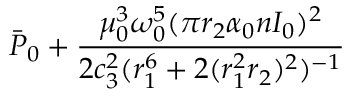
\bar { P } _ { 0 } + \frac { \mu _ { 0 } ^ { 3 } \omega _ { 0 } ^ { 5 } ( \pi r _ { 2 } \alpha _ { 0 } n I _ { 0 } ) ^ { 2 } } { 2 c _ { 3 } ^ { 2 } ( r _ { 1 } ^ { 6 } + 2 ( r _ { 1 } ^ { 2 } r _ { 2 } ) ^ { 2 } ) ^ { - 1 } }